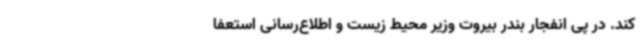
کند. در پی انفجار بندر بیروت وزیر محیط زیست و اطلاع‌رسانی استعفا